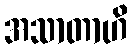
အသာတာဟိ